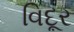
વિદૂર